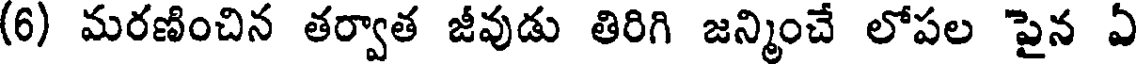
(6) మరణించిన తర్వాత జీవుడు తిరిగి జన్మించే లోపల పైన ఏ